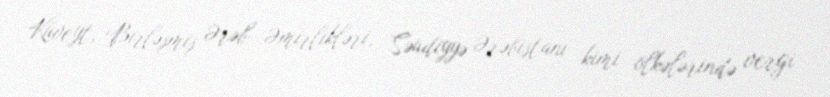
Küveyt, Birləşmiş Ərəb Əmirlikləri, Səudiyyə Ərəbistanı kimi ölkələrində vergi